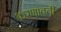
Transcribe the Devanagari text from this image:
करणावती